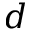
d